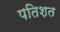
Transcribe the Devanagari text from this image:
पतिशत